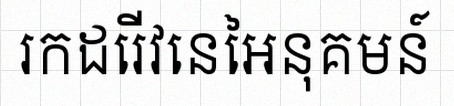
រកដេរីវេនៃអនុគមន៍